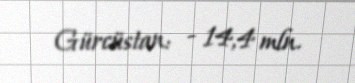
Gürcüstan: - 14,4 mln.